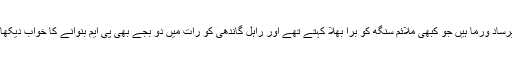
یہ وہی بینی پرساد ورما ہیں جو کبھی ملائم سنگھ کو برا بھلا کہتے تھے اور راہل گاندھی کو رات میں دو بجے بھی پی ایم بنوانے کا خواب دیکھا کرتے تھے۔